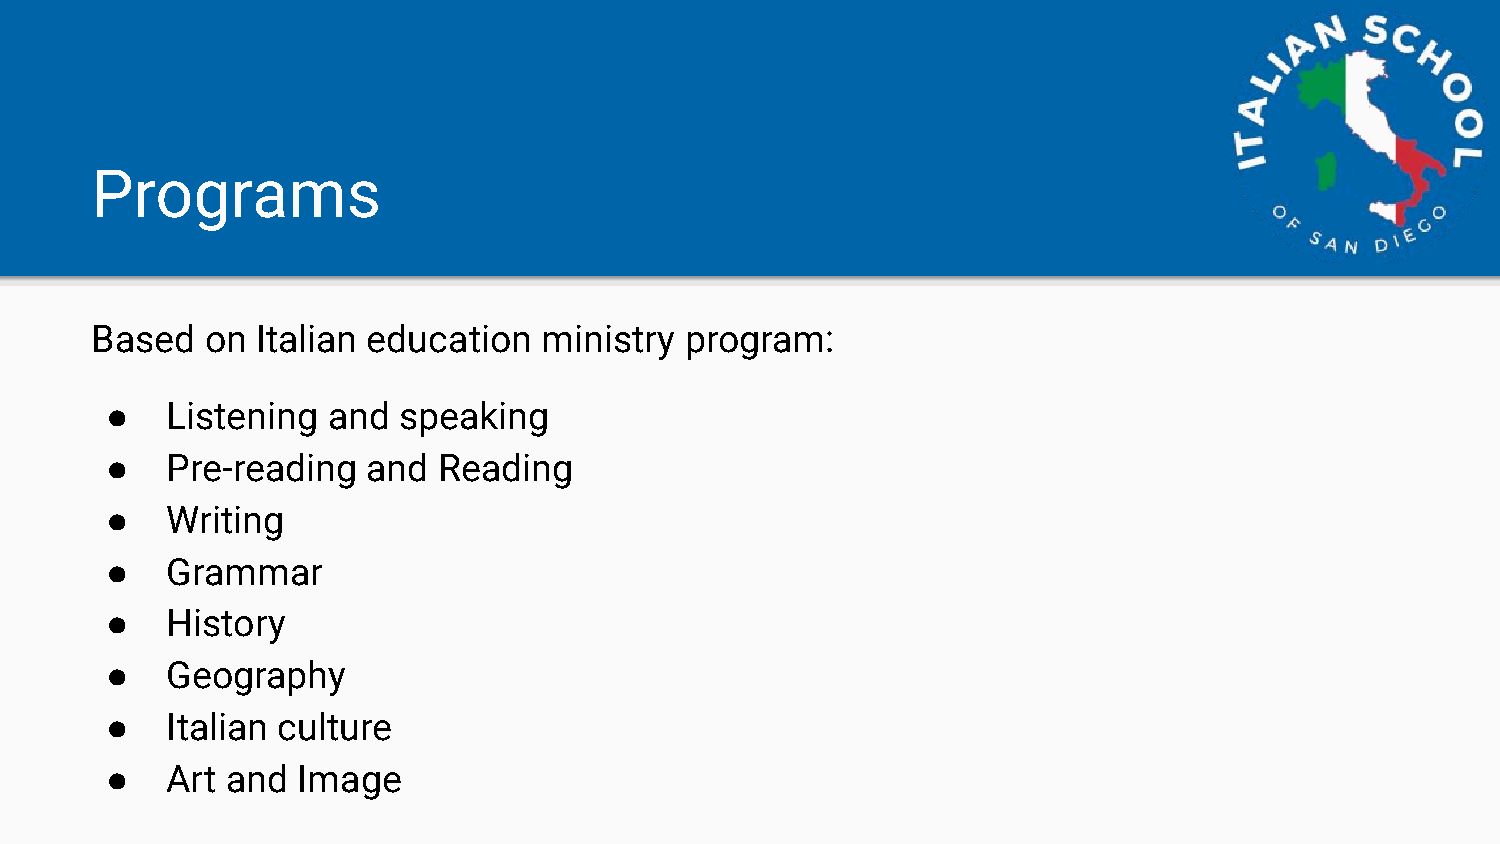
Programs
 Based   on Italian education  ministry program:
 ●   Listening  and speaking
 ●   Pre-reading  and  Reading
 ●   Writing
 ●   Grammar
 ●   History
 ●   Geography
 ●   Italian culture
 ●   Art and  Image